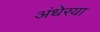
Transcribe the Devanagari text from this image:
अंधेरया